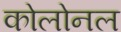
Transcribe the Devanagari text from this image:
कोलोनल